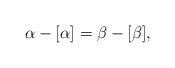
LaTeX: \begin{align*}\alpha - [\alpha] = \beta - [\beta]\text,\end{align*}